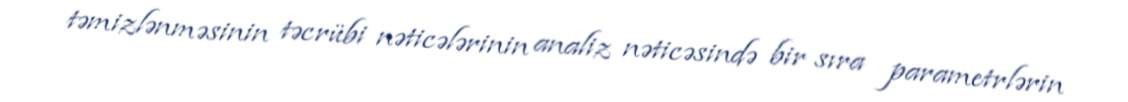
təmizlənməsinin təcrübi nəticələrinin analiz nəticəsində bir sıra parametrlərin